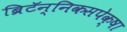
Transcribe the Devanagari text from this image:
ब्रिटॅन्निकसपेक्षा